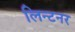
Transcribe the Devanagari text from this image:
लिन्टनर